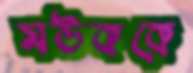
মউককে